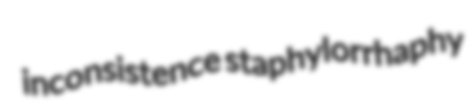
inconsistence staphylorrhaphy